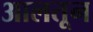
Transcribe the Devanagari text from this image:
आलतून